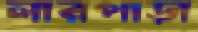
লারপাড়া